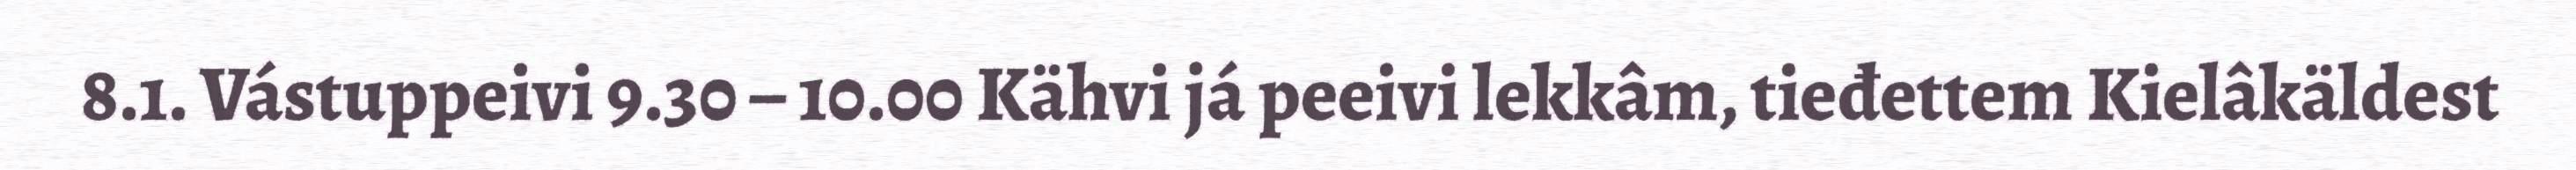
8.1. Vástuppeivi 9.30 – 10.00 Kähvi já peeivi lekkâm, tieđettem Kielâkäldest